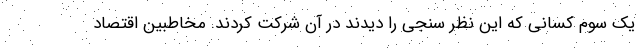
یک سوم کسانی که این نظر سنجی را دیدند در آن شرکت کردند. مخاطبین اقتصاد